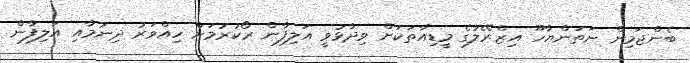
ބެންޖަމިން ނަތަންޔާހޫ އިޒްރޭލުގެ މީޑިއާތަކަށް ވިދާޅުވީ އަލިފާން ރޯކުރުމަށް ހިއްވަރު ދިނުމާއި އަލިފާން